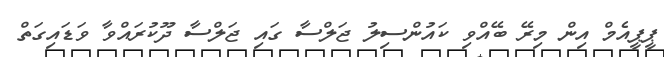
ޕީޕީއެމް އިން މިރޭ ބޭއްވި ކައުންސިލު ޖަލްސާ ގައި ޖަލްސާ ދޫކުރައްވާ ވަަޑައިގަތް